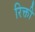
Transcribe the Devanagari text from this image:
रिक्ती